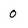
Character: 0